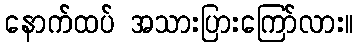
နောက်ထပ် အသားပြားကြော်လား။